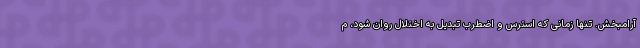
آرامبخش. تنها زمانی‌ که استرس و اضطرب تبدیل به اختلال روان شود، م